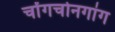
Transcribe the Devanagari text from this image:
चोंगचोनगांग